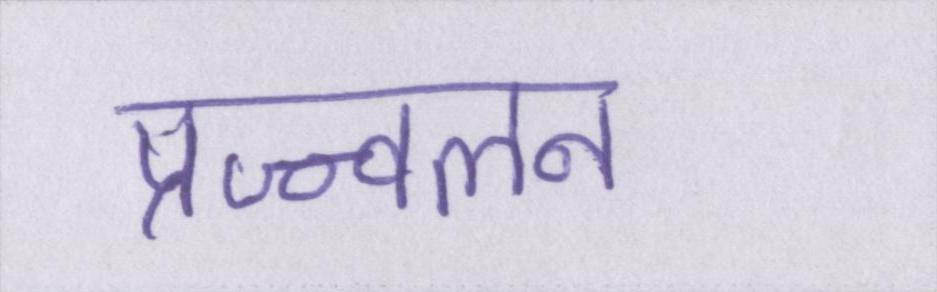
प्रज्ज्वलन